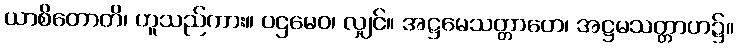
ယာစိတောတိ၊ ဟူသည်ကား။ ပဌမေဝ၊ လျှင်။ အဋ္ဌမေသတ္တာဟေ၊ အဋ္ဌမသတ္တာဟ၌။